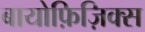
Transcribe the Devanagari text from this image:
बायोफ़िज़िक्स